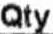
QTY